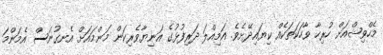
މެހްވިޝްއަށް ހުރިހާ ވާހަކަތަކެއް ކިޔައިދޭށެވެ. އަމިއްލަ ދަރިފުޅުގެ އަނިޔާވެރިކަން މަންމައަށް އެނގުނަސް އެމަންމަ